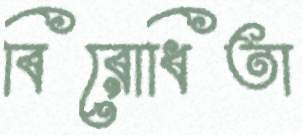
বিরোধিতা